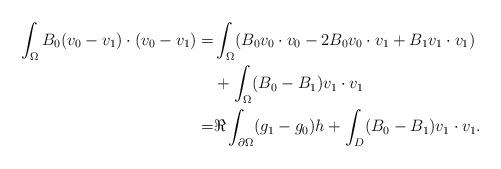
LaTeX: \begin{align*}\begin{aligned}\int_\Omega B_0 (v_0-v_1)\cdot(v_0-v_1) =& \int_\Omega ( B_0 v_0\cdot v_0 -2 B_0 v_0\cdot v_1 + B_1 v_1\cdot v_1) \\&+ \int_\Omega (B_0-B_1)v_1\cdot v_1\\= &\Re\int _{\partial\Omega} (g_1-g_0)h+\int_D (B_0-B_1)v_1\cdot v_1.\end{aligned}\end{align*}